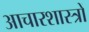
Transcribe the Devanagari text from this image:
आचारशास्त्रों